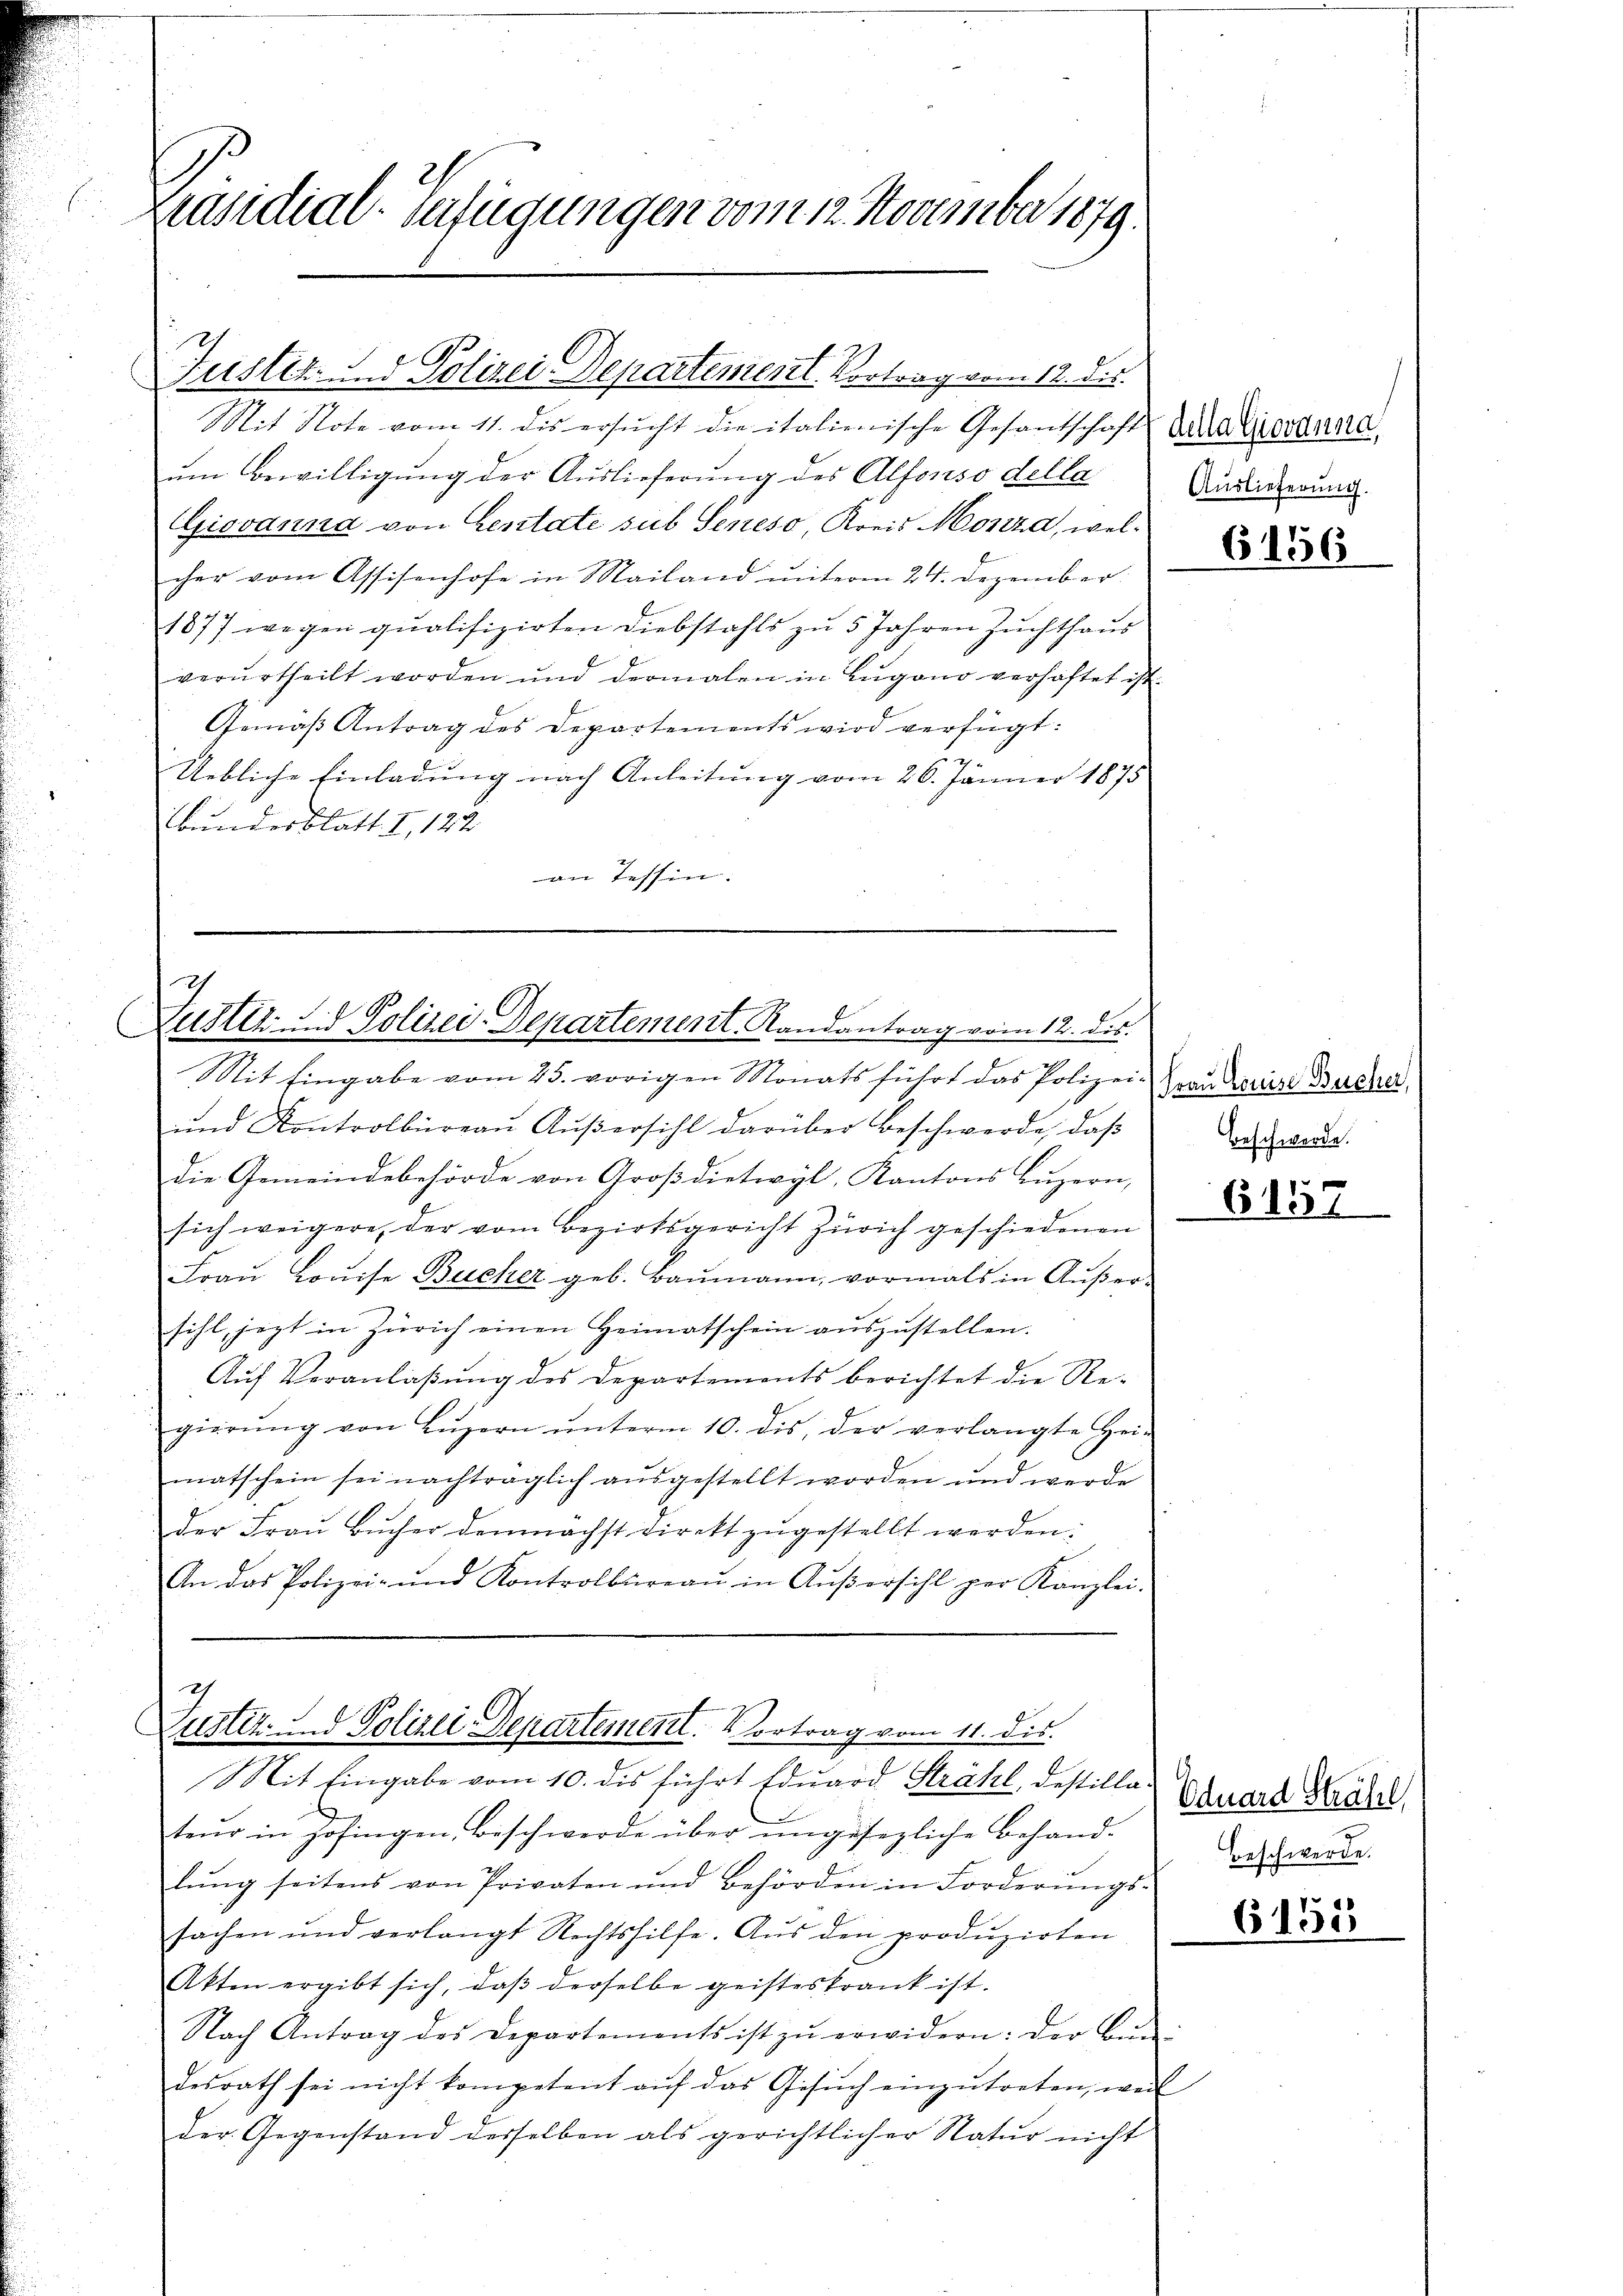
Präsidial-Verfügungen vom 12. November 1879.

Justiz- u Polizei Departement Vortrag vom 12. ds.

Mit Note vom 11. des ersŭcht die italienische Gesandschaft Schaleranne
um Bewilligung der Auslieferung des Alfonso della
Gisvanna von Centate sub Seneso, Kreis Monza, welcher vom Assisenhofe in Mailand unterm 24. Dezember
1877 wegen qualifizirten Diebstahls zu 5 Jahren Zuchthaus
verurtheilt worden und dermalen in Lugano verhaftet ist
Gemäß Antrag des Departements wird verfügt:
Uebliche Einladung nach Anleitung vom 26. Jänner 1875
Abundesblatt. I, 122
an Tessin.

Justiz- und Polizei-Departement, Randantrag vom 12. ds.
Mit Eingabe vom 25. vorigen Monats führt das Polizei-

ŭnd Kontrolbüreaŭ Aŭβersihl darüber beschwerde, daβ
die Gemeindebehörde von Groβdietwyl, Kantons Lŭzern,
sich weigere, der vom Bezirksgericht Zürich geschiedenen
Fraŭ Louise Bucher geb. Baŭmann, vormals in Aŭβer-
sihl, jezt in Zürich einen Heimatschein aŭszŭstellen.
Auf Veranlaßung des Departements berichtet die Regierŭng von Lŭzern ŭnterm 10. dis, der verlangte Hei-
matschein sei nachträglich aŭsgestellt worden und werde
der Fraŭ Bŭcher demnächst direkt zŭgestellt werden.
2
An das Polizei- und Kontrolbüreaŭ in Aŭβersihl per Kanzlei-

2
Zustiz- und Polizei-Departement. Vortrag vom 11. dis.
Mit Eingabe vom 10. des führt Eduard Strahl destilla

tend in Zofingen, Beschwerde über ungesezliche Behand-
lŭng seitens von Privaten und Behörden in Forderŭngs-
sachen und verlangt Rechtshilfe. Aus den produzirten
Akten ergibt sich, daβ derselbe geisteskrank ist.
Nach Antrag des Departements ist zŭ erwidern: der Ben
desrath sei nicht kompetent aŭf das Gesŭch einzŭtreten, weil
der Gegenstand derselben als gerichtlicher Natur nicht

Auslieferung.

6456

Frau Louise Bucher,
Beschwerde.

6157

Eduard Sträfel
Beschwerde.

61525